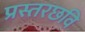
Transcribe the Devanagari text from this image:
प्रस्तरछवि